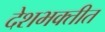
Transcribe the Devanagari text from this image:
देशभक्तीत